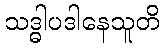
သဒ္ဓါပဒါနေသူတိ